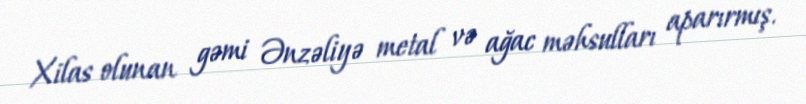
Xilas olunan gəmi Ənzəliyə metal və ağac məhsulları aparırmış.